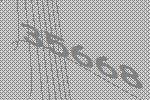
35668